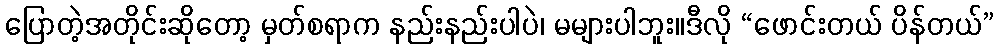
ပြောတဲ့အတိုင်းဆိုတော့ မှတ်စရာက နည်းနည်းပါပဲ၊ မများပါဘူး။ဒီလို “ဖောင်းတယ် ပိန်တယ်”